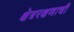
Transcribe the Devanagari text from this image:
क्षेत्ररक्षणाची